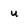
Character: u